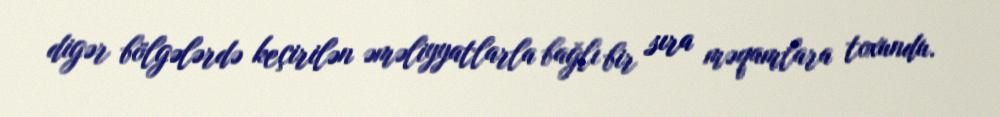
digər bölgələrdə keçirilən əməliyyatlarla bağlı bir sıra məqamlara toxundu.